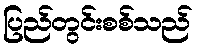
ပြည်တွင်းစစ်သည်